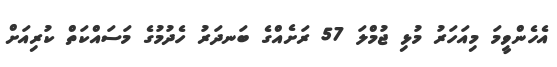
އެހެންވީމަ މިއަހަރު މުޅި ޖުމްލަ 57 ރަށެއްގެ ބަނދަރު ހެދުމުގެ މަސައްކަތް ކުރިއަށް